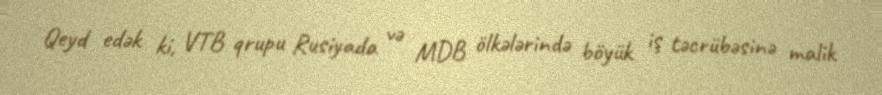
Qeyd edək ki, VTB qrupu Rusiyada və MDB ölkələrində böyük iş təcrübəsinə malik